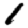
Digit: 1